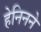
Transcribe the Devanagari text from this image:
हेनिनने